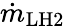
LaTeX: \dot{m}_{\mathrm{{LH2}}}